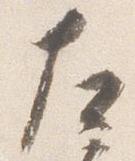
左